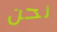
نحن